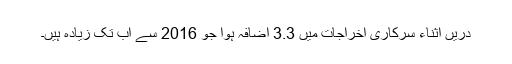
دریں اثناء سرکاری اخراجات میں 3.3 اضافہ ہوا جو 2016 سے اب تک زیادہ ہیں۔